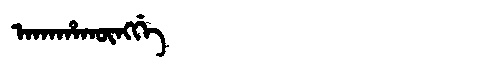
Manchu: ᠠᡴᠠᡥᠠᡴᡡᠩᡤᡝ
Romanization: AKAHAKŪNGGE